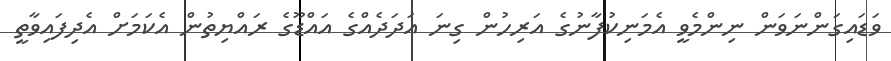
ވަޑައިގަންނަވަން ނިންމެވީ އެމަނިކުފާނުގެ އަރިހުން ގިނަ އަދަދެއްގެ އައްޑޫގެ ރައްޔިތުން އެކަމަށް އެދިފައިވާތީ